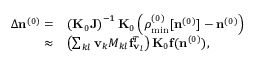
\begin{array} { r l } { \Delta { \bf n } ^ { ( 0 ) } = } & { \left( { \bf K } _ { 0 } { \bf J } \right) ^ { - 1 } { \bf K } _ { 0 } \left( { \boldsymbol \rho } _ { \mathrm { m i n } } ^ { ( 0 ) } [ { \bf n } ^ { ( 0 ) } ] - { \bf n } ^ { ( 0 ) } \right) } \\ { \approx } & { \left( \sum _ { k l } { \bf v } _ { k } { M _ { k l } } { { \bf f } _ { { \bf v } _ { l } } ^ { T } } \right) { \bf K } _ { 0 } { \bf f } ( { \bf n } ^ { ( 0 ) } ) , } \end{array}